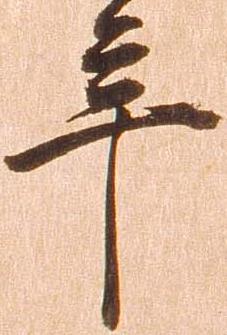
年